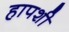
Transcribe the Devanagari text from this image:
हापशी